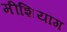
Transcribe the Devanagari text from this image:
मीशियांग